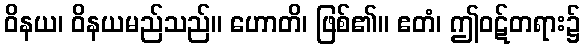
ဝိနယ၊ ဝိနယမည်သည်။ ဟောတိ၊ ဖြစ်၏။ ဧတံ၊ ဤဝဋ်တရား၌